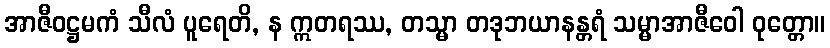
အာဇီဝဋ္ဌမကံ သီလံ ပူရေတိ, န ဣတရဿ, တသ္မာ တဒုဘယာနန္တရံ သမ္မာအာဇီဝေါ ဝုတ္တော။